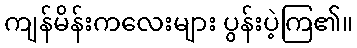
ကျန်မိန်းကလေးများ ပွန်းပဲ့ကြ၏။